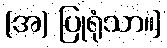
(အ) ပြုရုံသာ။]